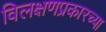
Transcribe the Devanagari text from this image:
विलक्षणप्रकारच्या